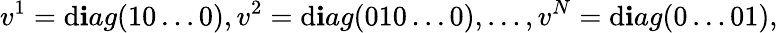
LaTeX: v^{1}=\mathrm{d}\mathbf{i}ag(10\ldots0),v^{2}=\mathrm{d}\mathbf{i}ag(010\ldots0),\ldots,v^{N}=\mathrm{d}\mathbf{i}ag(0\ldots01),